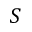
S